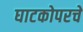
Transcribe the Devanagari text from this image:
घाटकोपरचे